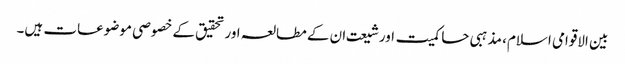
بین الاقوامی اسلام، مذہبی حاکمیت اورشیعت ان کے مطالعہ اورتحقیق کے خصوصی موضوعات ہیں۔